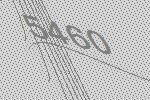
5460